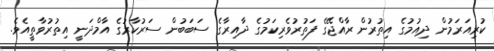
ކުރިއަރަމުން ދިއުމުގެ އިތުރުން ރާއްޖޭގެ ފަތުރުވެރިކަމުގެ ދާއިރާގެ ސަބަބުން ސަރުކާރުގެ އާމްދަނީ އިތުރުވާތީއެވެ.